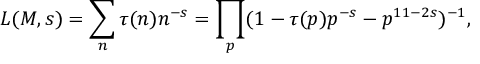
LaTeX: L ( M , s ) = \sum _ { n } \tau ( n ) n ^ { - s } = \prod _ { p } ( 1 - \tau ( p ) p ^ { - s } - p ^ { 1 1 - 2 s } ) ^ { - 1 } , \nonumber